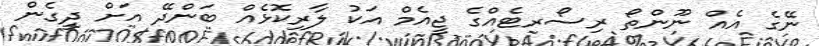
ނޭގެ އެއް ނޫންތޯ ރިސޯރޓެއްގެ ޖީއެމް އަކު ލާރިކޮޅެއް ބަންދޭ އަށް ދީގެން